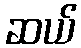
ဆယ်